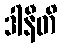
ဒါနီတိ